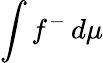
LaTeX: \int f^{-}\, d\mu